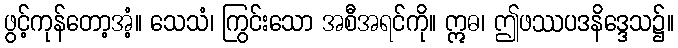
ဖွင့်ကုန်တော့အံ့။ သေသံ၊ ကြွင်းသော အစီအရင်ကို။ ဣဓ၊ ဤဖဿပဒနိဒ္ဒေသ၌။